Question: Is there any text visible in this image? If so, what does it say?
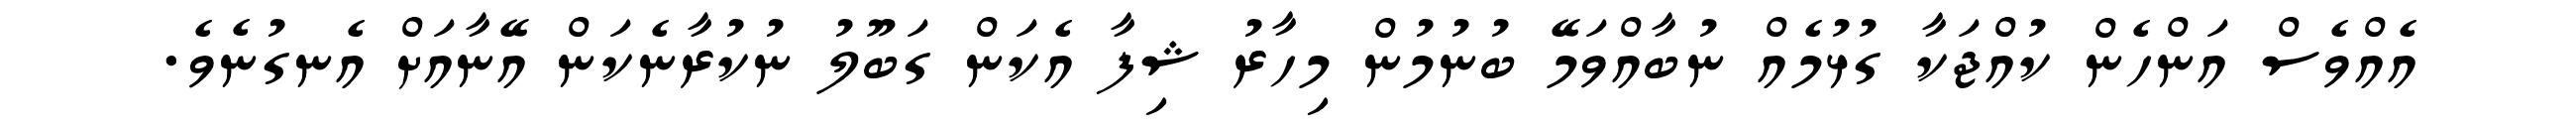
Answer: އެއްވެސް އަންހެން ކުއްޖަކާ ގުޅުމެއް ނުބާއްވަމޭ ބުނުމުން މިހާރު ޝިފާ އެކަން ގަބޫލު ނުކުރާނެކަން އޭނާއަށް އެނގުނެވެ.